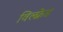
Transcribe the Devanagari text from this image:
विल्फ़्रेड